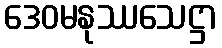
ဒေဝမနုဿသေဋ္ဌာ